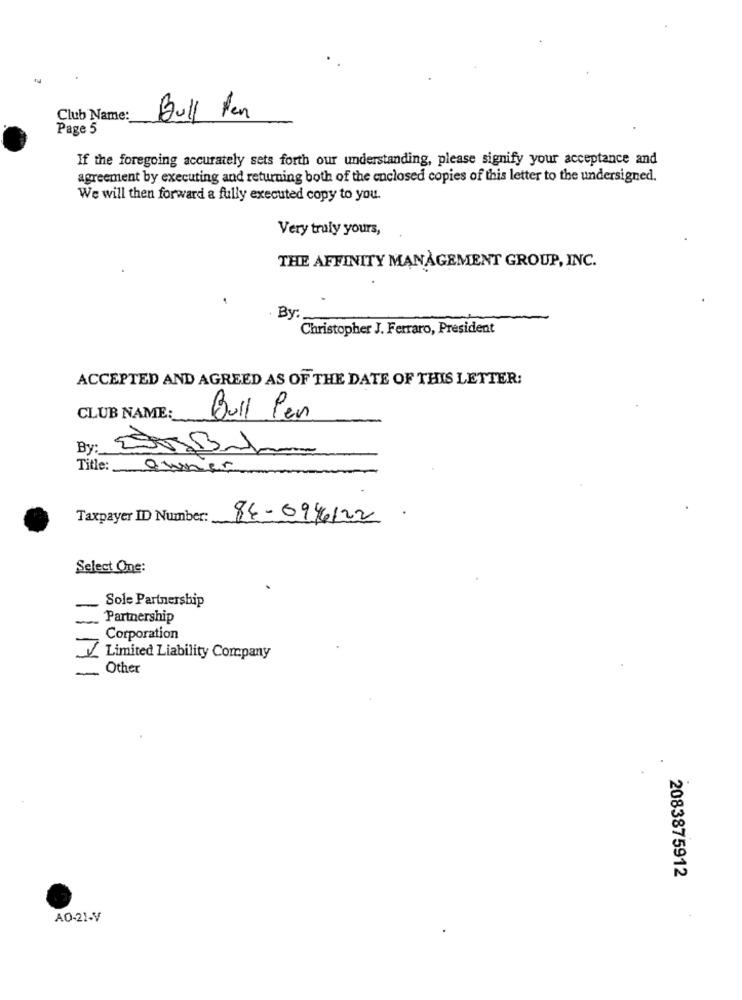
Club Name:
Bull fen
Page 5
If the foregoing accurately sets forth our understanding, please signify your acceptance and
agreement by executing and returning both of the enclosed copies of this letter to the undersigned.
We will then forward a fully executed copy to you.
Very truly yours,
THE AFFINITY MANAGEMENT GROUP, INC.
By:
Christopher J. Ferraro, President
ACCEPTED AND AGREED AS OF THE DATE OF THIS LETTER:
CLUB NAME:
Bull Pen
By :_
Title: Owner
Taxpayer ID Number:
84-696122
Select One:
Sole Partnership
1
Partnership
Corporation
Limited Liability Company
Other
2083875912
AO-21-V